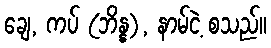
ချေ, ကပ် (ဘိန္န), နာမ်ငဲ့ စသည်။